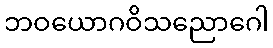
ဘဝယောဂဝိသညောဂေါ